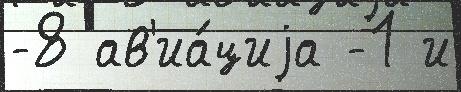
-8 ав'иа́циjа -1 и